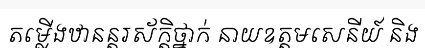
តម្លើងឋានន្តរស័ក្តិថ្នាក់ នាយឧត្តមសេនីយ៍ និង